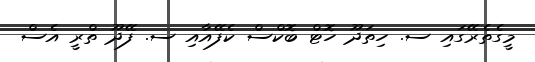
މީގެތެރޭގައި ސ. ހިތަދޫ ހޮޓް ބޮކްސް ކެފޭއާއި ސ. ފޭދޫ ތްރީ އެސް